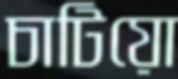
চাটিয়ো